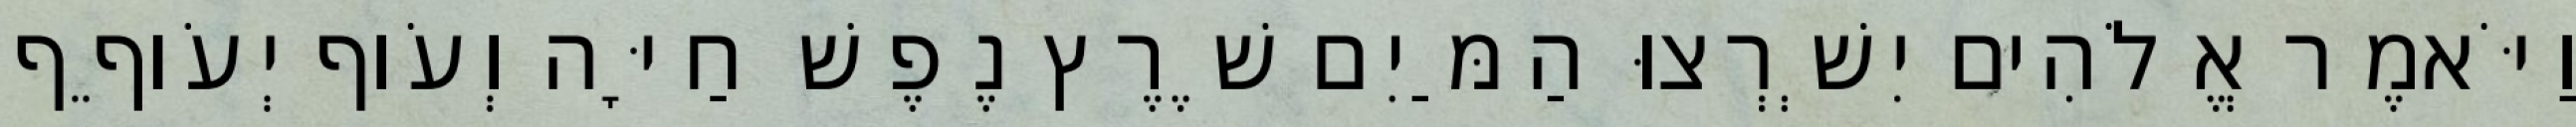
וַיֹּאמֶר אֱלֹהִים יִשְׁרְצוּ הַמַּיִם שֶׁרֶץ נֶפֶשׁ חַיָּה וְעֹוף יְעֹוףֵף